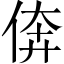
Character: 倴